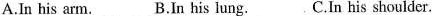
A.In his arm. B.In his lung.C.In his shoulder.